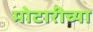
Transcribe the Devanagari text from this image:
मोटारीच्या